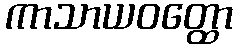
ကာသာယဝတ္ထော